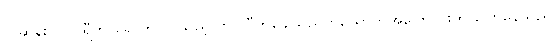
လူဆန်းက ပါရီကို ရောက်လာသည့် ဘာလီကချေသည်တယောက်အကြောင်းကို ပြောနေသည်။